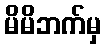
မိမိဘက်မှ